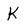
Character: K